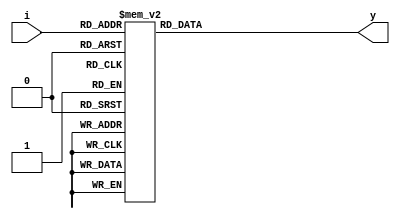
module dec3to8_case(i,y
    );
	 input [2:0]i;
	 output reg [7:0]y;
	 always @(*)
	   begin
		  case(i)
		   3'b000:y=8'b00000001;
		   3'b001:y=8'b00000010;
		   3'b010:y=8'b00000100;
		   3'b011:y=8'b00001000;
		   3'b100:y=8'b00010000;
		   3'b101:y=8'b00100000;
		   3'b110:y=8'b01000000;
		   3'b111:y=8'b10000000;
		  endcase
		end


endmodule
module dec3to8_case_tb;

	// Inputs
	reg [2:0] i;

	// Outputs
	wire [7:0] y;

	// Instantiate the Design Under Test (DUT)
	dec3to8_case dut (i,y
	);

	initial begin
		// Initialize Inputs
		i=3'b000;#50;
		i=3'b001;#50;
		i=3'b010;#50;
		i=3'b011;#50;
		i=3'b100;#50;
		i=3'b101;#50;
		i=3'b110;#50;
		i=3'b111;#50;


	end
      
endmodule